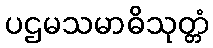
ပဌမသမာဓိသုတ္တံ